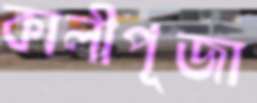
কালীপূজা